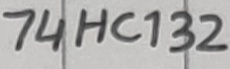
Text: 74HC132